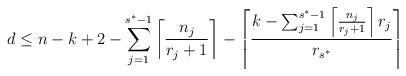
LaTeX: \begin{align*} d \leq n - k + 2 - \sum_{j=1}^{s^*-1} \left\lceil \frac{n_j}{ r_j + 1 } \right\rceil - \left\lceil \frac{ k - \sum_{j=1}^{s^*-1} \left\lceil \frac{n_j}{ r_j + 1 } \right\rceil r_j }{r_{s^*}} \right\rceil \end{align*}